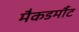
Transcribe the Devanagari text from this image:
मैकडर्मौट